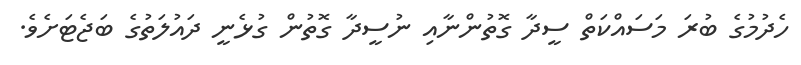
ހެދުމުގެ ބުރަ މަސައްކަތް ސީދާ ގޮތުންނާއި ނުސީދާ ގޮތުން ގުޅެނީ ދައުލަތުގެ ބަޖެޓަށެވެ.